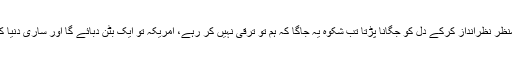
اب تو ہزاروں کریہہ منظر نظرانداز کرکے دل کو جگانا پڑتا تب شکوہ یہ جاگا کہ ہم تو ترقی نہیں کر رہے، امریکہ تو ایک بٹن دبائے گا اور ساری دنیا کا تیاپانچہ ہو جائے گا۔